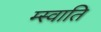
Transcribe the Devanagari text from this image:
म्स्वाति